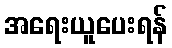
အရေးယူပေးရန်